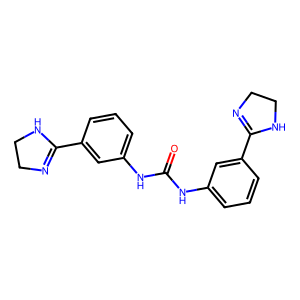
SMILES: O=C(Nc1cccc(C2=NCCN2)c1)Nc1cccc(C2=NCCN2)c1
Inhibits HIV replication: No